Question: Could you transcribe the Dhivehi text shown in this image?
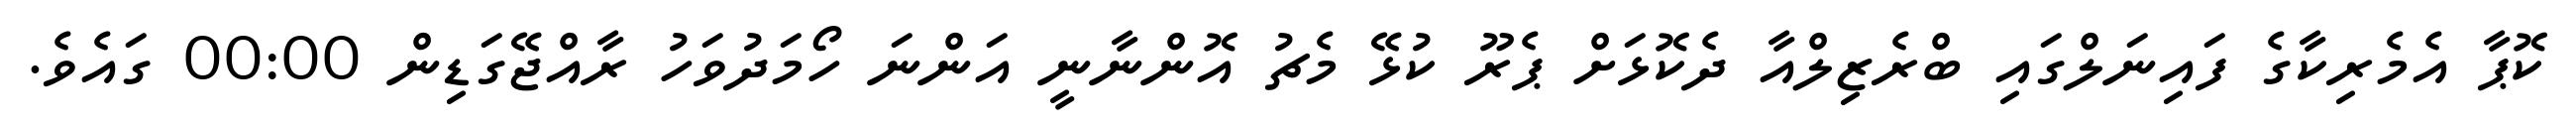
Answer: ކޮޕާ އެމެރިކާގެ ފައިނަލްގައި ބްރެޒިލްއާ ދެކޮޅަށް ޕެރޫ ކުޅޭ މެޗު އޮންނާނީ އަންނަ ހޯމަދުވަހު ރާއްޖޭގަޑިން 00:00 ގައެވެ.